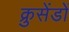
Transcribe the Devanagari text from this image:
क्रुसेंडों